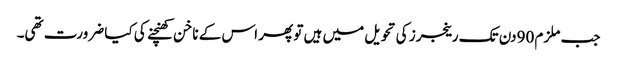
جب ملزم 90دن تک رینجرز کی تحویل میں ہیں تو پھر اس کے ناخن کھنچنے کی کیا ضرورت تھی۔